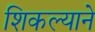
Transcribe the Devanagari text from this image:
शिकल्याने